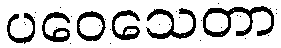
ပဝေသေတာ